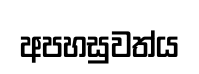
අපහසුවත්ය